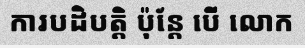
ការបដិបត្តិ ប៉ុន្តែ បើ លោក